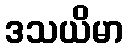
ဒသယိမာ